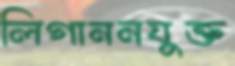
লিগাননযুক্ত